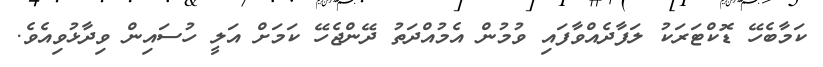
ކަމާބެހޭ ޑޮކްޓަރަކު ލަފާދެއްވާފައި ވުމުން އެމުއްދަތު ދޭންޖެހޭ ކަމަށް އަލީ ހުސައިން ވިދާޅުވިއެވެ.